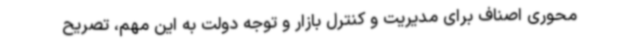
محوری اصناف برای مدیریت و کنترل بازار و توجه دولت به این مهم، تصریح